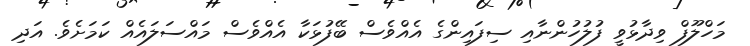
މަހްލޫފް ވިދާޅުވީ ފުލުހުންނާއި ސިފައިންގެ އެއްވެސް ބޭފުޅަކާ އެއްވެސް މައްސަލައެއް ކަމަށެވެ. އަދި